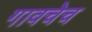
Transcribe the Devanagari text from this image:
गावचेच